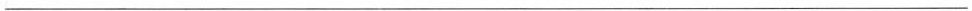
___